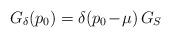
LaTeX: \begin{align*}G_\delta(p_0)=\delta(p_0\! -\! \mu)\,G_S\end{align*}